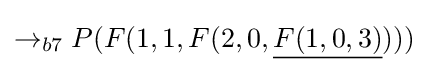
\rightarrow _{b7}P(F(1,1,F(2,0,{\underline {F(1,0,3)}})))